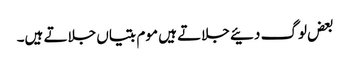
بعض لوگ دئیے جلاتے ہیں موم بتیاں جلاتے ہیں۔